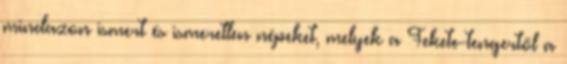
mindazon ismert és ismeretlen népeket, melyek a Fekete-tengertől a